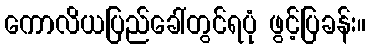
ကောလိယပြည်ခေါ်တွင်ရပုံ ဖွင့်ပြခန်း။